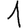
Digit: 1